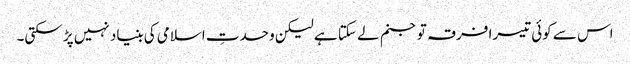
اس سے کوئی تیسرا فرقہ تو جنم لے سکتا ہے لیکن وحدتِ اسلامی کی بنیاد نہیں پڑ سکتی۔